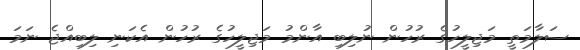
ސަލާމަތީ މަޖިލީހުގެ ރުހުން ނުލިބި އާންމު މަޖިލީހުގެ ރުހުން އެކަނި ލިބިއްޖެ ނަމަ